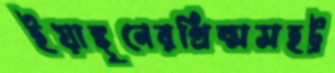
ইয়াঙ্গুনেরপ্রিন্সসহট্র